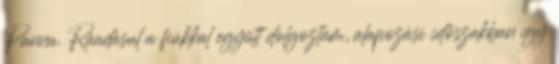
Panna. Ráadásul a fiúkkal együtt dolgoztam, alapozási időszakban így